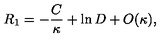
R _ { 1 } = - { \frac { C } { \kappa } } + \ln D + O ( \kappa ) ,